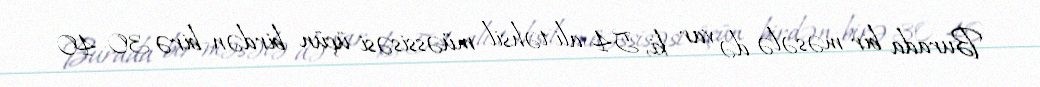
Burada bir məsələ də var ki, 54 ali təhsil müəssisəsi üçün birdən-birə 30-40